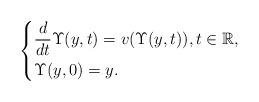
LaTeX: \begin{align*}\begin{dcases}\dfrac{d}{dt} \Upsilon (y,t) = v(\Upsilon(y, t)), t \in \mathbb{R}, \\\Upsilon(y, 0) = y.\end{dcases}\end{align*}